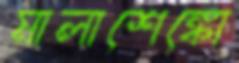
মালাশেঙ্কো